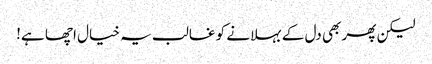
لیکن پھر بھی دل کے بہلانے کو غالب یہ خیال اچھا ہے!